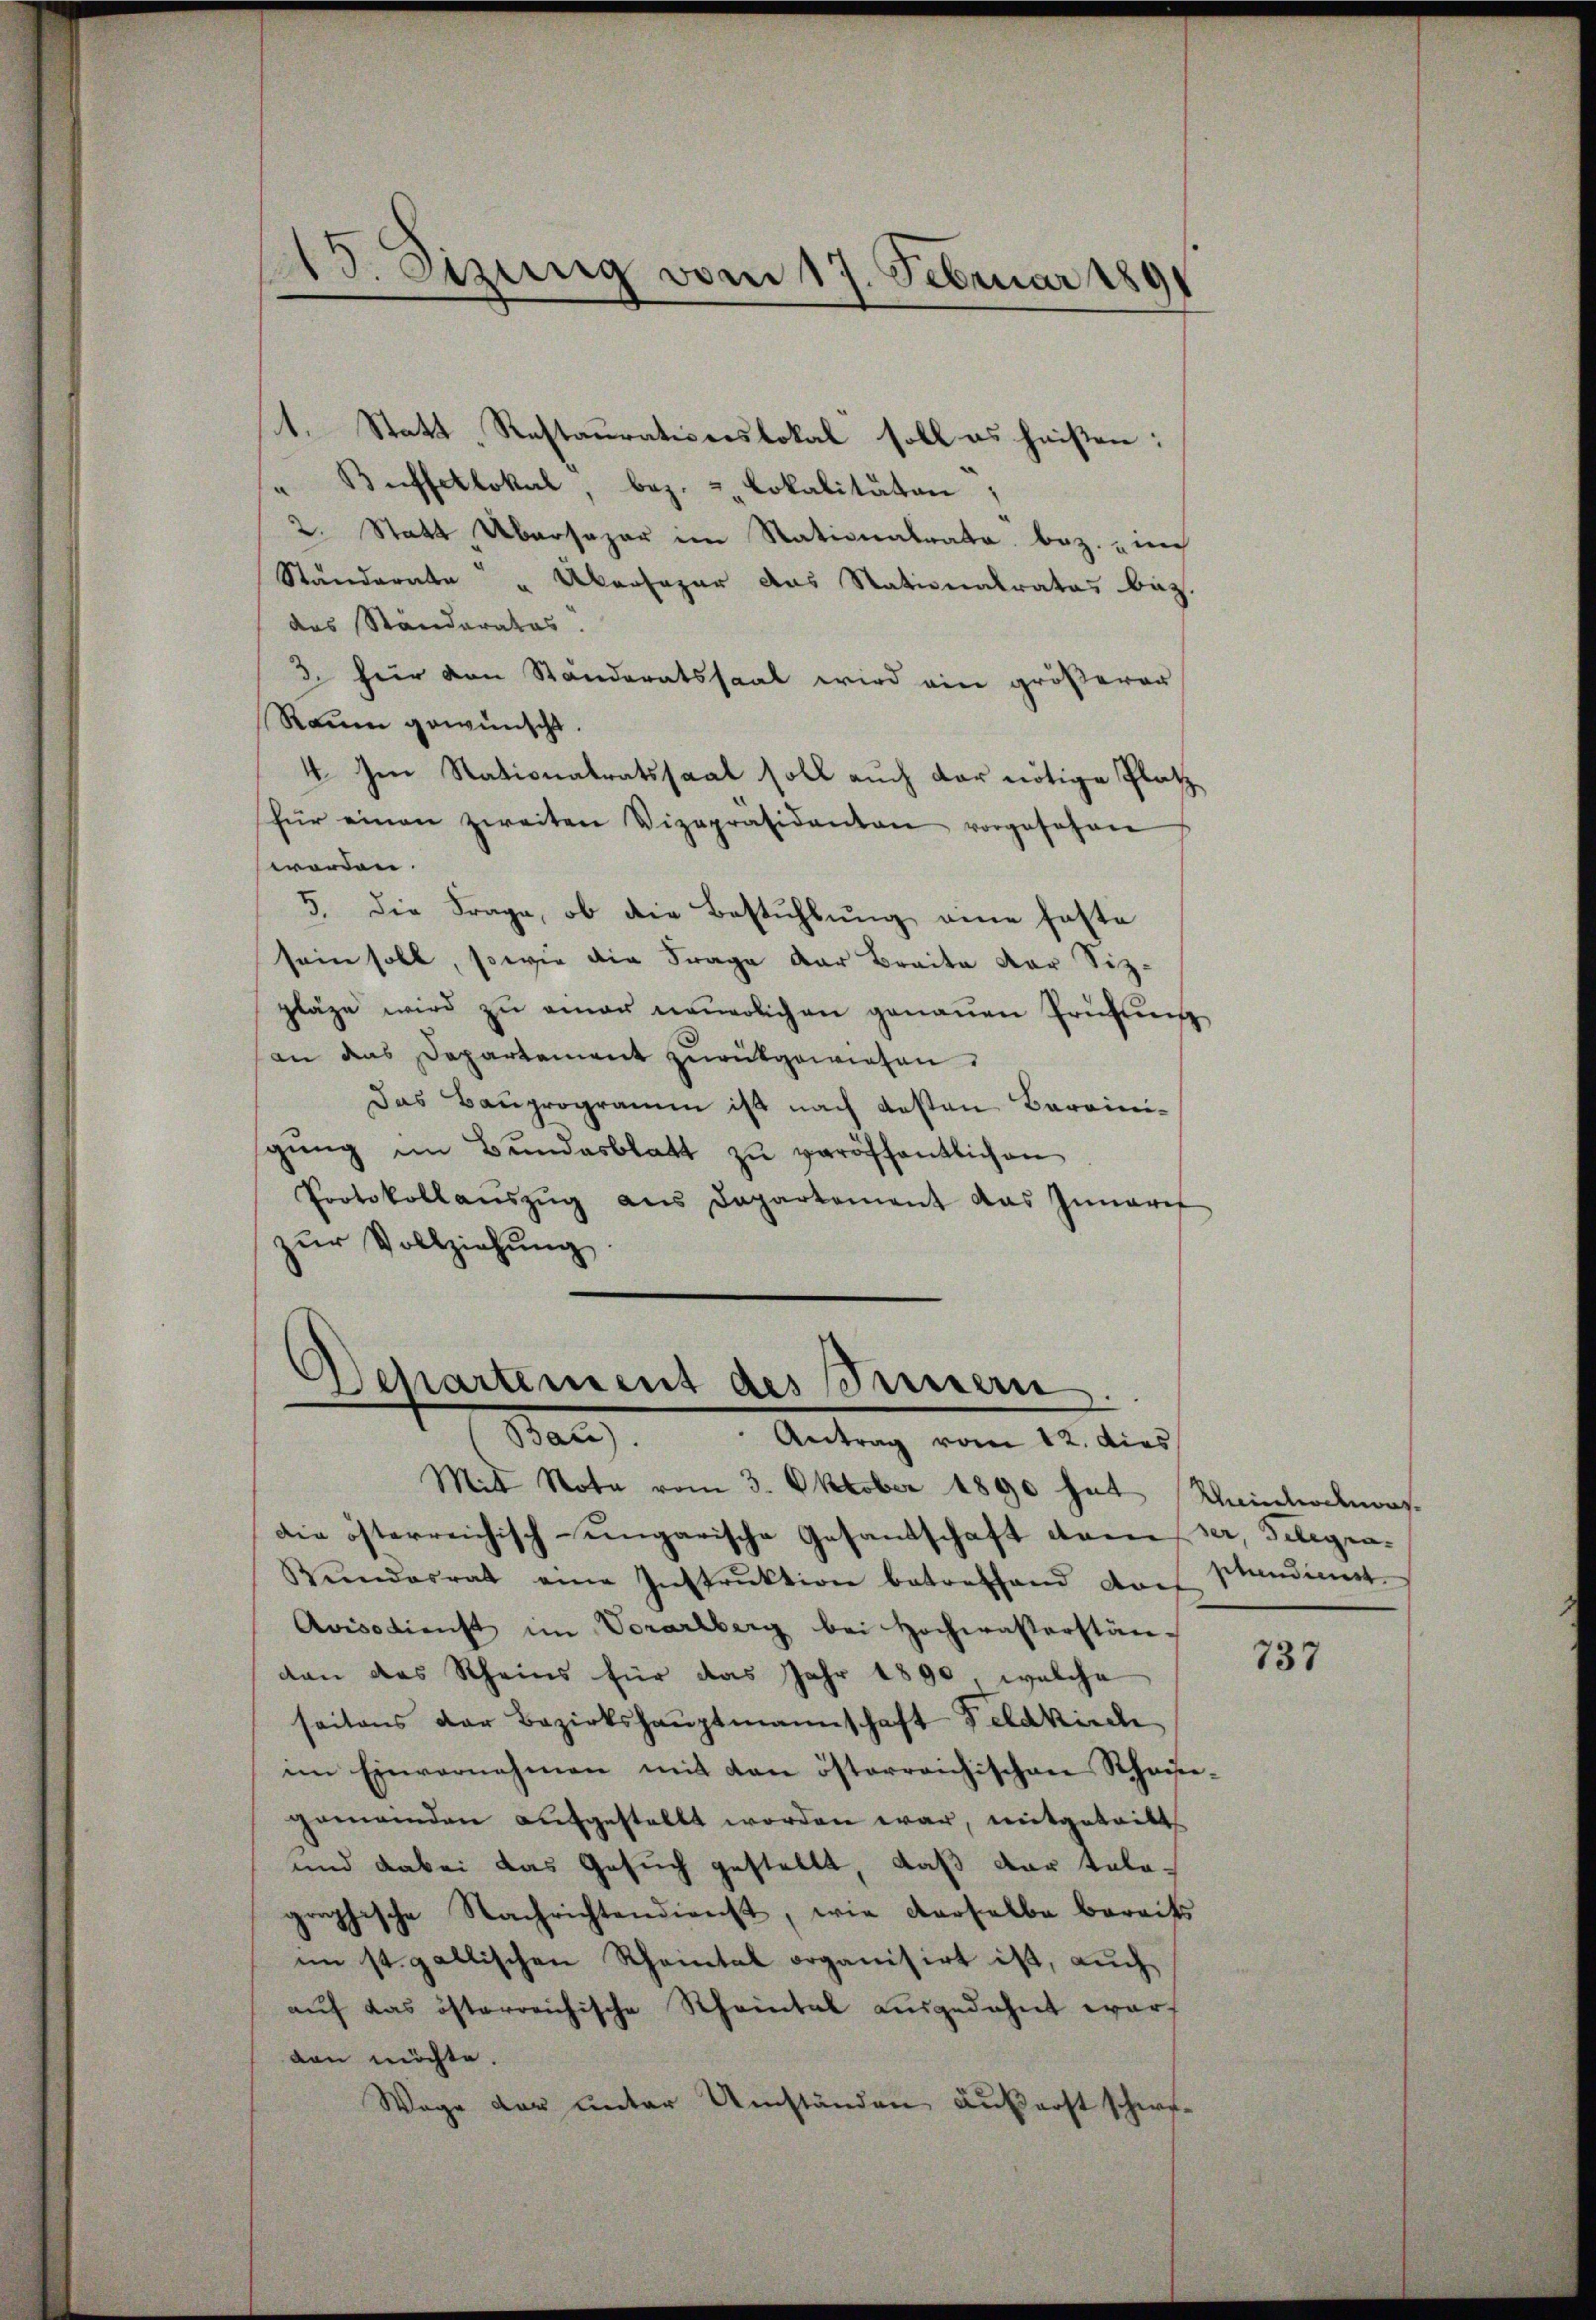
15. Sizung vom 17. Februar 1891

1. Statt, Restaurationslokal soll es heisten:
"Buffellokal, bez. 2. Lokalitäten
2. Statt Übersager im Stationalrata bez. nach
Ständerate u. Aber sogar das Stationalrates bez.
das Ständerates.
3. für von Ständeratssaal wird ein größerer
Raum gewünscht.
4 Im Stationalratssaal soll auch der nötige Platz
für einen zweiten Vizepräsidenten vorgesehen
worden.
5. die Frage, ob die Bestühlung eine faste
sein soll, sowie die Frage der Braite der Sizpläge wird zŭ einer neuerlichen genauen Prüfung
an das Departement zurückgewiesen.
Das Bauprogramm ist nach gesten Bareini-
gŭng im Bundesblatt zu veröffentlichen
Protokollaŭszŭg aŭs Departement das Innere
zur Vollziehung

Departement des Innern.
Ban
Antrag vom 12. dies

Mit Nota vom 3. Oktober 1890 hat Rheinladmors.
die österreichisch-ungarische Gesandschaft dem der, Gelegra¬
Rŭndesrat eine Instrŭktion betreffend dorf
Avisodienst im Vorarlberg bei Hochwasserstän-
dan das Rheins für das Jahr 1890, welche
seitens der Bezirkshauptmannschaft Feldkirch
im Einvernehmen mit den österreichischen Rhaise-
gemeinden aufgestellt worden war, mitgetritt
und dabei das Gesuch gestellt, daß dar telegraphische Nachrichtendienst, wie derselbe bereits
im st. gallischen Rheintal organisirt ist, auch
auf das österreichische Rheintal ausgedehnt war
den möchte.
Wege der unter Umständen äußerst schwe¬

phendienst

737